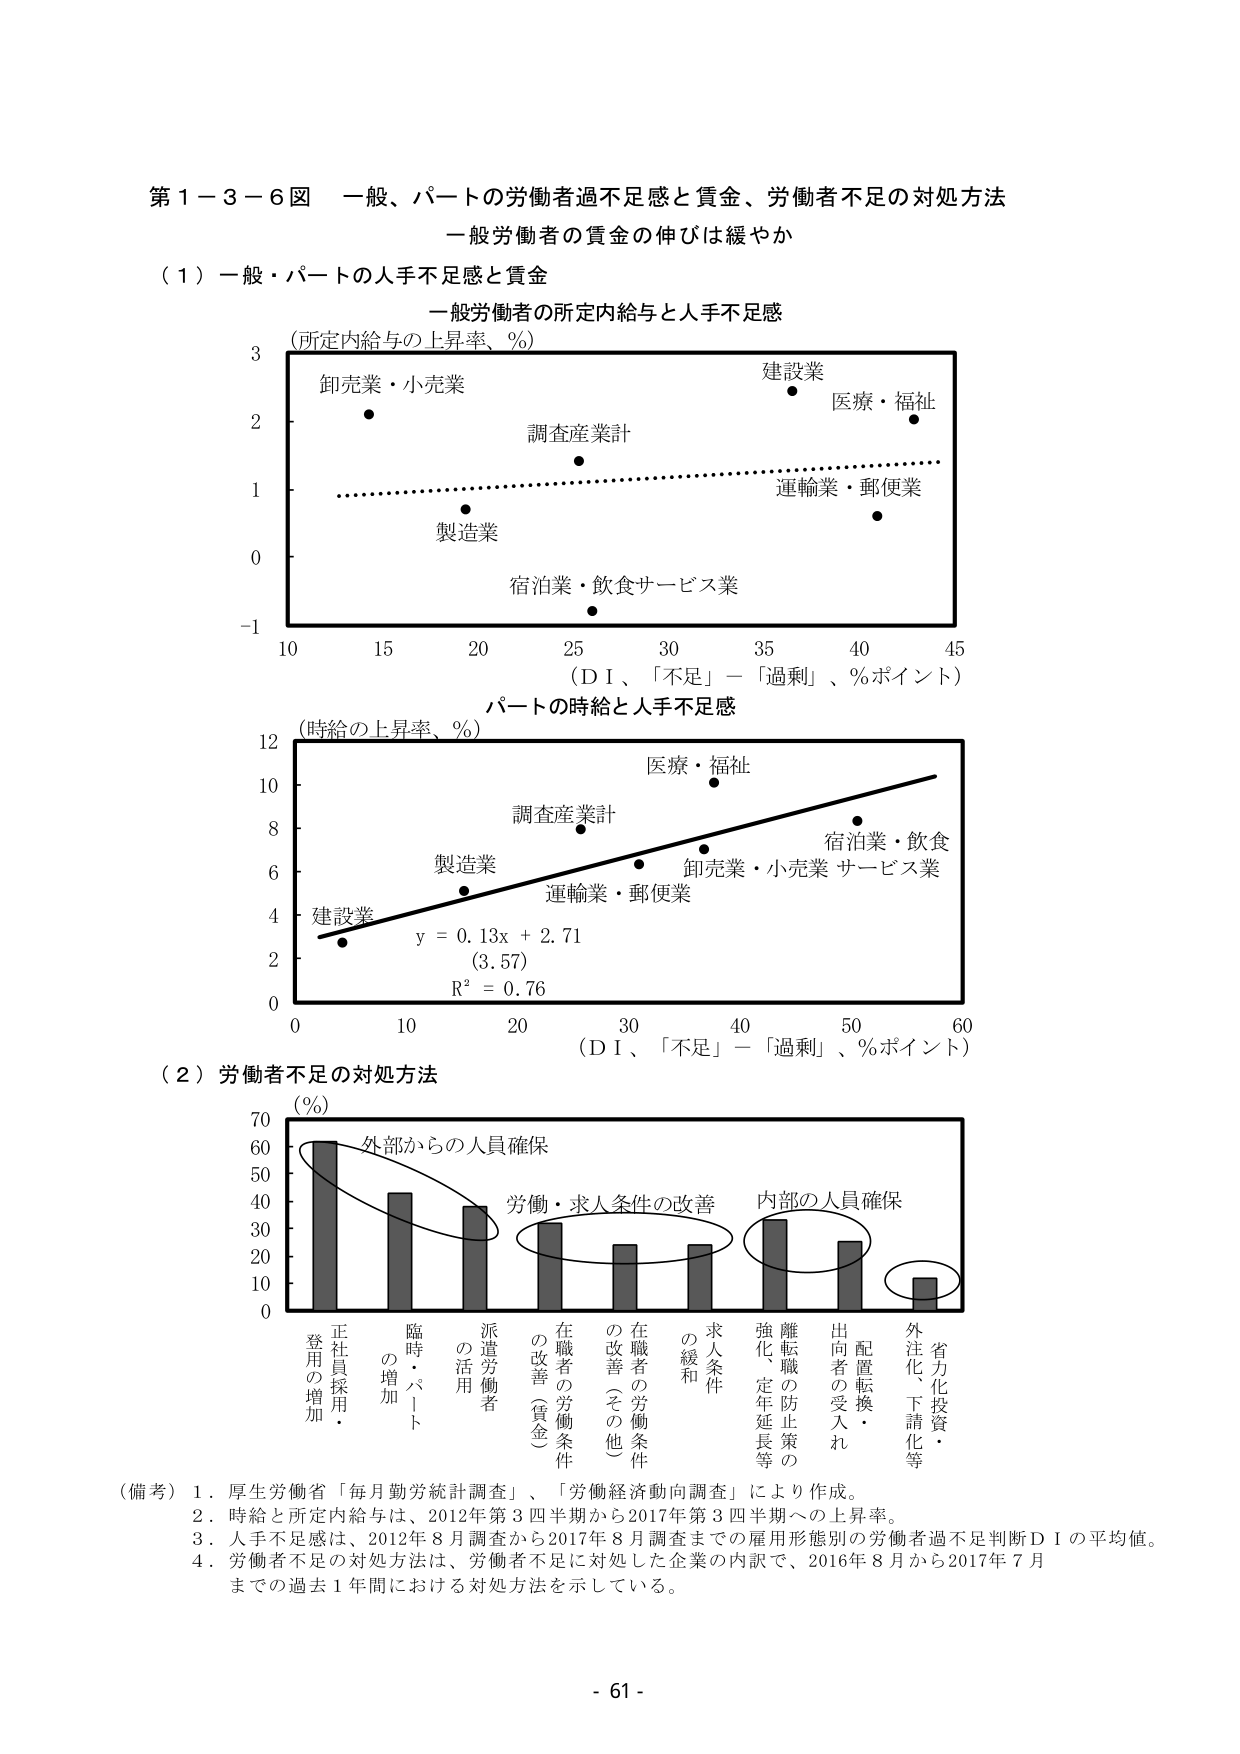
第１－３－６図　一般、パートの労働者過不足感と賃金、労働者不足の対処方法
一般労働者の賃金の伸びは緩やか

（１）一般・パートの人手不足感と賃金

一般労働者の所定内給与と人手不足感
（所定内給与の上昇率、％）

卸売業・小売業
調査産業計
製造業
宿泊業・飲食サービス業
建設業
医療・福祉
運輸業・郵便業

（ＤＩ、「不足」－「過剰」、％ポイント）

パートの時給と人手不足感
（時給の上昇率、％）

医療・福祉
調査産業計
製造業
運輸業・郵便業
卸売業・小売業
宿泊業・飲食サービス業
建設業

y = 0.13x + 2.71
（3.57）
R² = 0.76

（ＤＩ、「不足」－「過剰」、％ポイント）

（２）労働者不足の対処方法
（％）

外部からの人員確保
労働・求人条件の改善
内部の人員確保

正社員採用・登用の増加
臨時・パートの増加
派遣労働者の活用
在職者の労働条件の改善（賃金）
在職者の労働条件の改善（その他）
求人条件の緩和
離転職の防止策の強化、定年延長等
配置転換・出向者の受入れ
省力化投資・外注化、下請化等

（備考）１．厚生労働省「毎月勤労統計調査」、「労働経済動向調査」により作成。
　　　２．時給と所定内給与は、2012年第３四半期から2017年第３四半期への上昇率。
　　　３．人手不足感は、2012年８月調査から2017年８月調査までの雇用形態別の労働者過不足判断ＤＩの平均値。
　　　４．労働者不足の対処方法は、労働者不足に対処した企業の内訳で、2016年８月から2017年７月までの過去１年間における対処方法を示している。

- 61 -